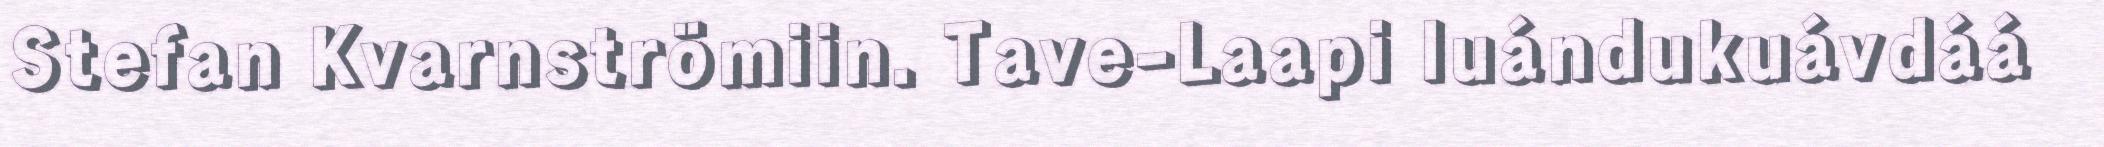
Stefan Kvarnströmiin. Tave-Laapi luándukuávdáá